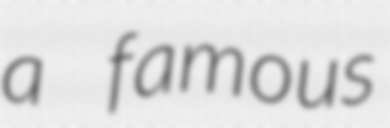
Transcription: a famous